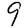
Digit: 9